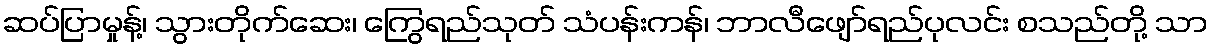
ဆပ်ပြာမှုန့်၊ သွားတိုက်ဆေး၊ ကြွေရည်သုတ် သံပန်းကန်၊ ဘာလီဖျော်ရည်ပုလင်း စသည်တို့ သာ